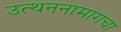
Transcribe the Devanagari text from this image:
उत्थननामागचा